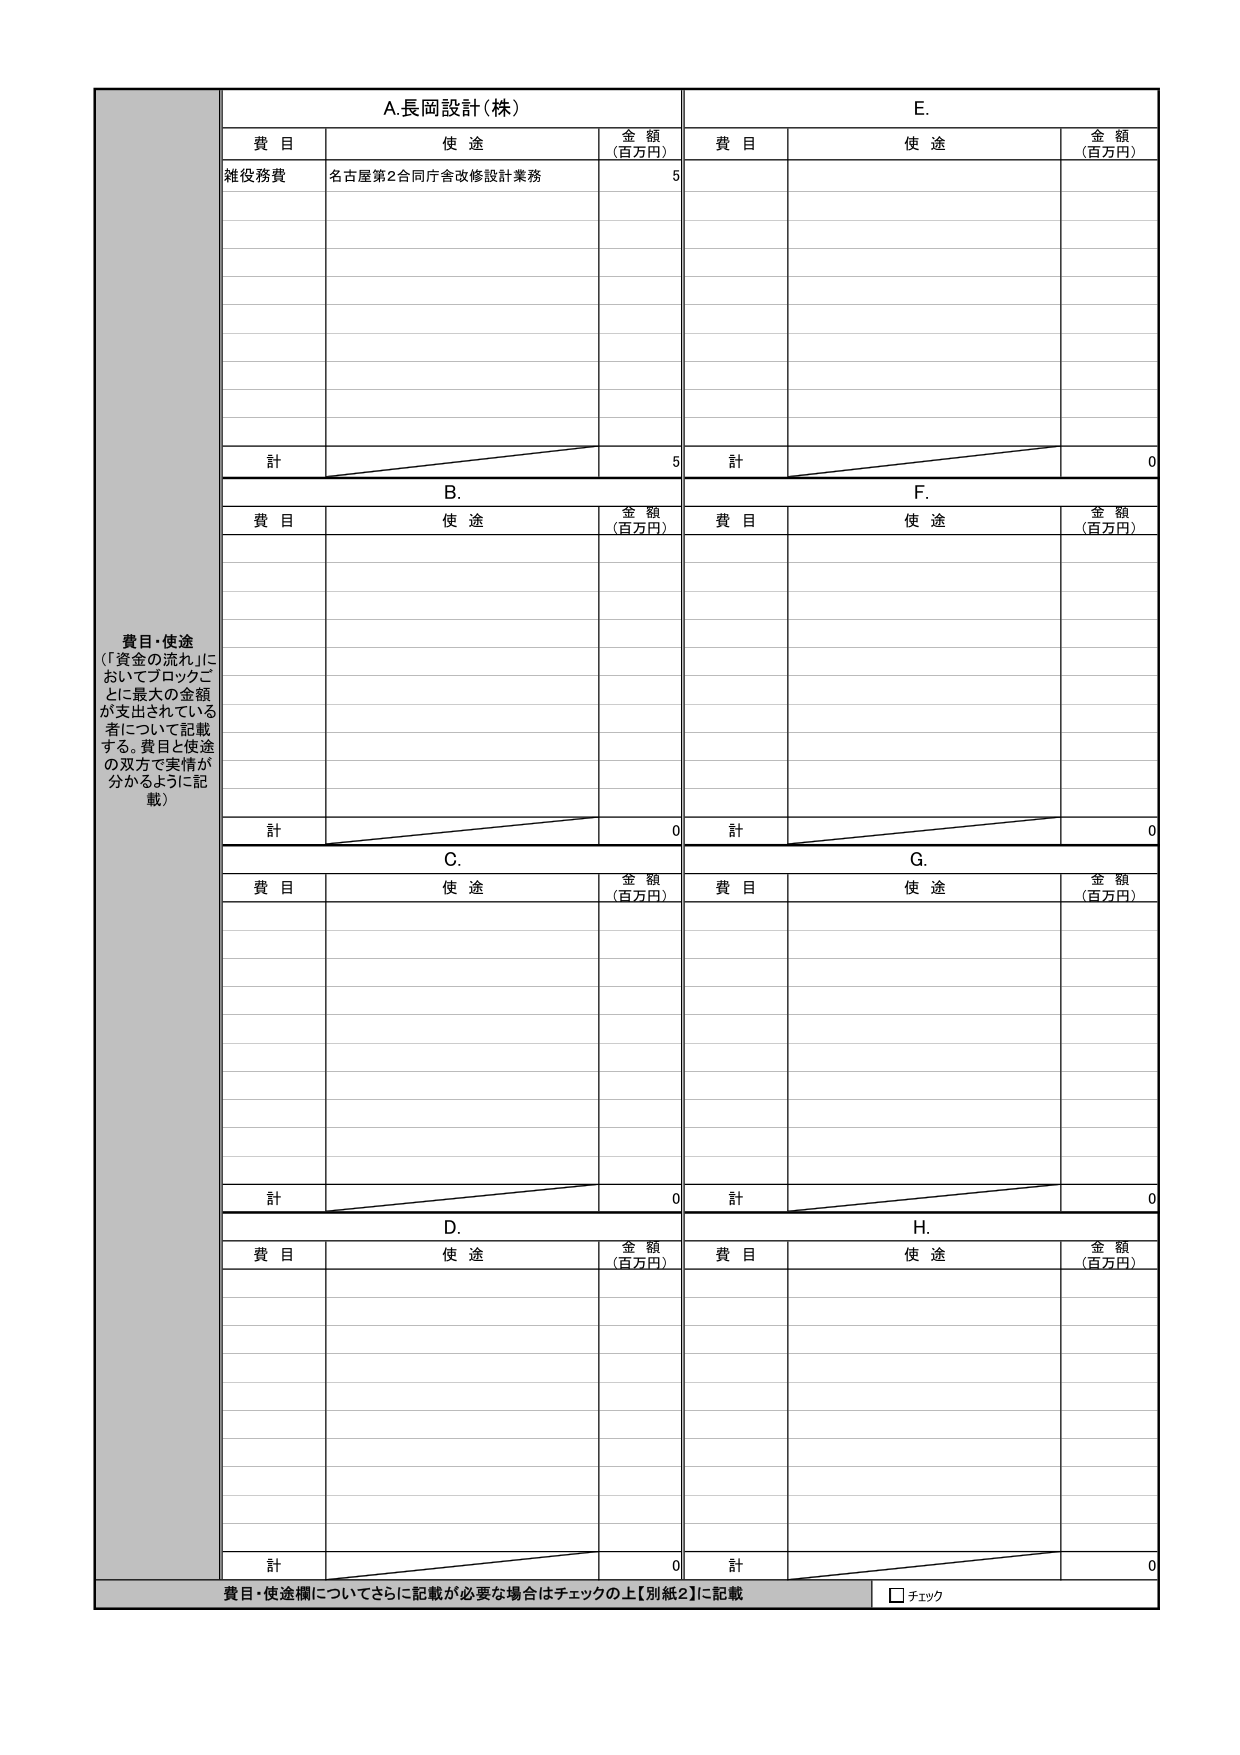
費目・使途
（「資金の流れ」においてブロックごとに最大の金額が支出されている者について記載する。費目と使途の双方で実情が分かるように記載）

A.長岡設計（株）
費目　　使途　　金額（百万円）
雑役務費　名古屋第2合同庁舎改修設計業務　　5
計　　　　　　　　　　　　　　　　　　　　5

B.
費目　　使途　　金額（百万円）
計　　　　　　　　　　　　　　　　　　　　0

C.
費目　　使途　　金額（百万円）
計　　　　　　　　　　　　　　　　　　　　0

D.
費目　　使途　　金額（百万円）
計　　　　　　　　　　　　　　　　　　　　0

E.
費目　　使途　　金額（百万円）
計　　　　　　　　　　　　　　　　　　　　0

F.
費目　　使途　　金額（百万円）
計　　　　　　　　　　　　　　　　　　　　0

G.
費目　　使途　　金額（百万円）
計　　　　　　　　　　　　　　　　　　　　0

H.
費目　　使途　　金額（百万円）
計　　　　　　　　　　　　　　　　　　　　0

費目・使途欄についてさらに記載が必要な場合はチェックの上【別紙2】に記載
□ チェック